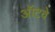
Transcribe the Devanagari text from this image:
ऑटवे